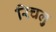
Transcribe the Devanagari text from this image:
रिचलु